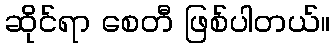
ဆိုင်ရာ စေတီ ဖြစ်ပါတယ်။